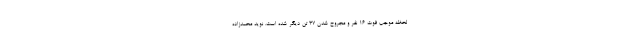
لحظه موجب فوت ۱۶ نفر و مجروح شدن ۳۷ تن دیگر شده است. نوید محمدزاده